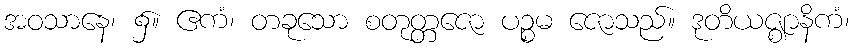
အဝသာနေ၊ ၌။ ဧကံ၊ တခုသော စတုတ္တဇော ပဉ္စမ ဇောသည်။ ဒုတိယဇ္ဈာနိကံ၊